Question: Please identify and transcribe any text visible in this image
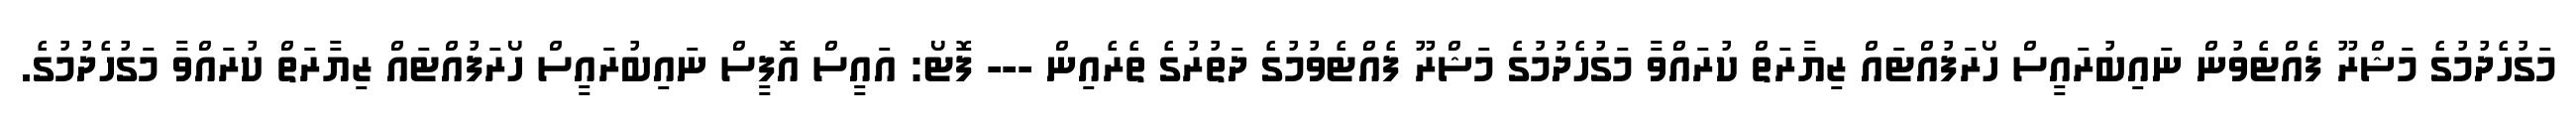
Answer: މަގުހެދުމުގެ މަޝްރޫ ފެއްޓެވުން ނައިބުރައީސް ހޯރަފުއްޓައް ޒިޔާރަތް ކުރައްވާ މަގުހެދުމުގެ މަޝްރޫ ފެއްޓެވުމުގެ ދަތުރުގެ ތެރެއިން --- ފޮޓޯ: އައީސް އޮފީސް ނައިބުރައީސް ހޯރަފުއްޓައް ޒިޔާރަތް ކުރައްވާ މަގުހެދުމުގެ.